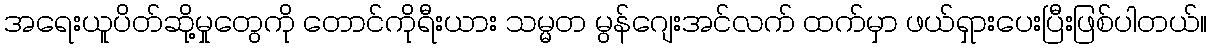
အရေးယူပိတ်ဆို့မှုတွေကို တောင်ကိုရီးယား သမ္မတ မွန်ဂျေးအင်လက် ထက်မှာ ဖယ်ရှားပေးပြီးဖြစ်ပါတယ်။